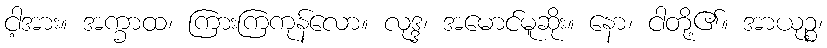
ငါ့အား။ အက္ခာထ၊ ကြားကြကုန်လော။ လုဒ္ဒ၊ အမောင်မူဆိုး။ နော၊ ငါတို့၏။ အာယုဉ္စ၊